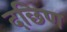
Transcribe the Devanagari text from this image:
दछिण